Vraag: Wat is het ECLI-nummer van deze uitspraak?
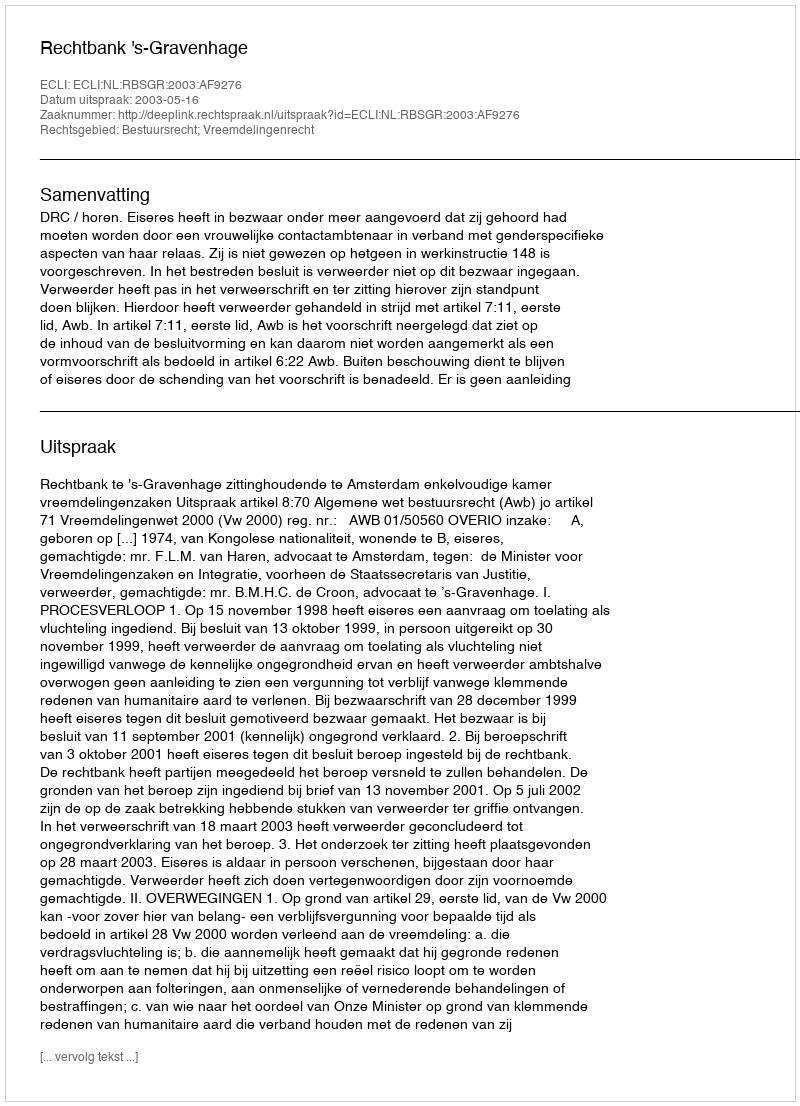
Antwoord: ECLI:NL:RBSGR:2003:AF9276